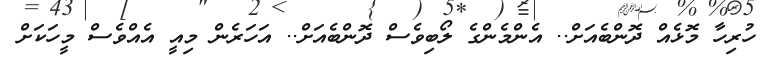
ހުރިހާ މޮޅެއް ދޮންބެއަށް.. އެންމެންގެ ލޯބިވެސް ދޮންބެއަށް.. އަހަރެން މިއީ އެއްވެސް މީހަކަށް